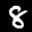
Label: 8